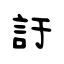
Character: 訏